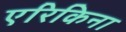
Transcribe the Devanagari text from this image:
एरिकिना